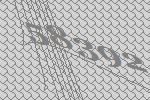
58392